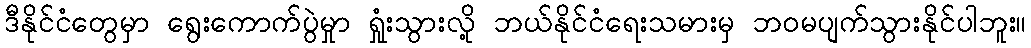
ဒီနိုင်ငံတွေမှာ ရွေးကောက်ပွဲမှုာ ရှုံးသွားလို့ ဘယ်နိုင်ငံရေးသမားမှ ဘဝမပျက်သွားနိုင်ပါဘူး။